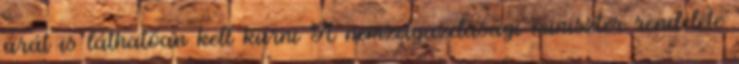
árát is láthatóan kell kiírni A nemzetgazdasági miniszter rendelete